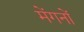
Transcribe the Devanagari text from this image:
मेंगनों